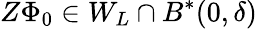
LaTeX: Z\Phi_{0}\in W_{L}\cap B^{*}(0,\delta)